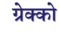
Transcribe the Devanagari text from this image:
ग्रेक्को